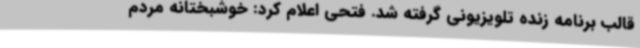
قالب برنامه زنده تلویزیونی گرفته شد. فتحی اعلام کرد: خوشبختانه مردم